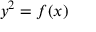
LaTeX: y ^ { 2 } = f ( x )